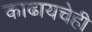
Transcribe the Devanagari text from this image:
काढायचेही